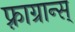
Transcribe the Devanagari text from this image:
फ़्राग्रान्स्